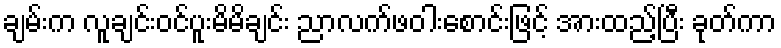
ချမ်းက လူချင်းဝင်ပူးမိမိချင်း ညာလက်ဖဝါးစောင်းဖြင့် အားထည့်ပြီး ခုတ်ကာ